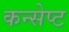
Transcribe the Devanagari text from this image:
कन्सेप्ट